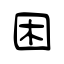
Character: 困